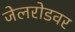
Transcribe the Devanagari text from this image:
जेलरोडवर